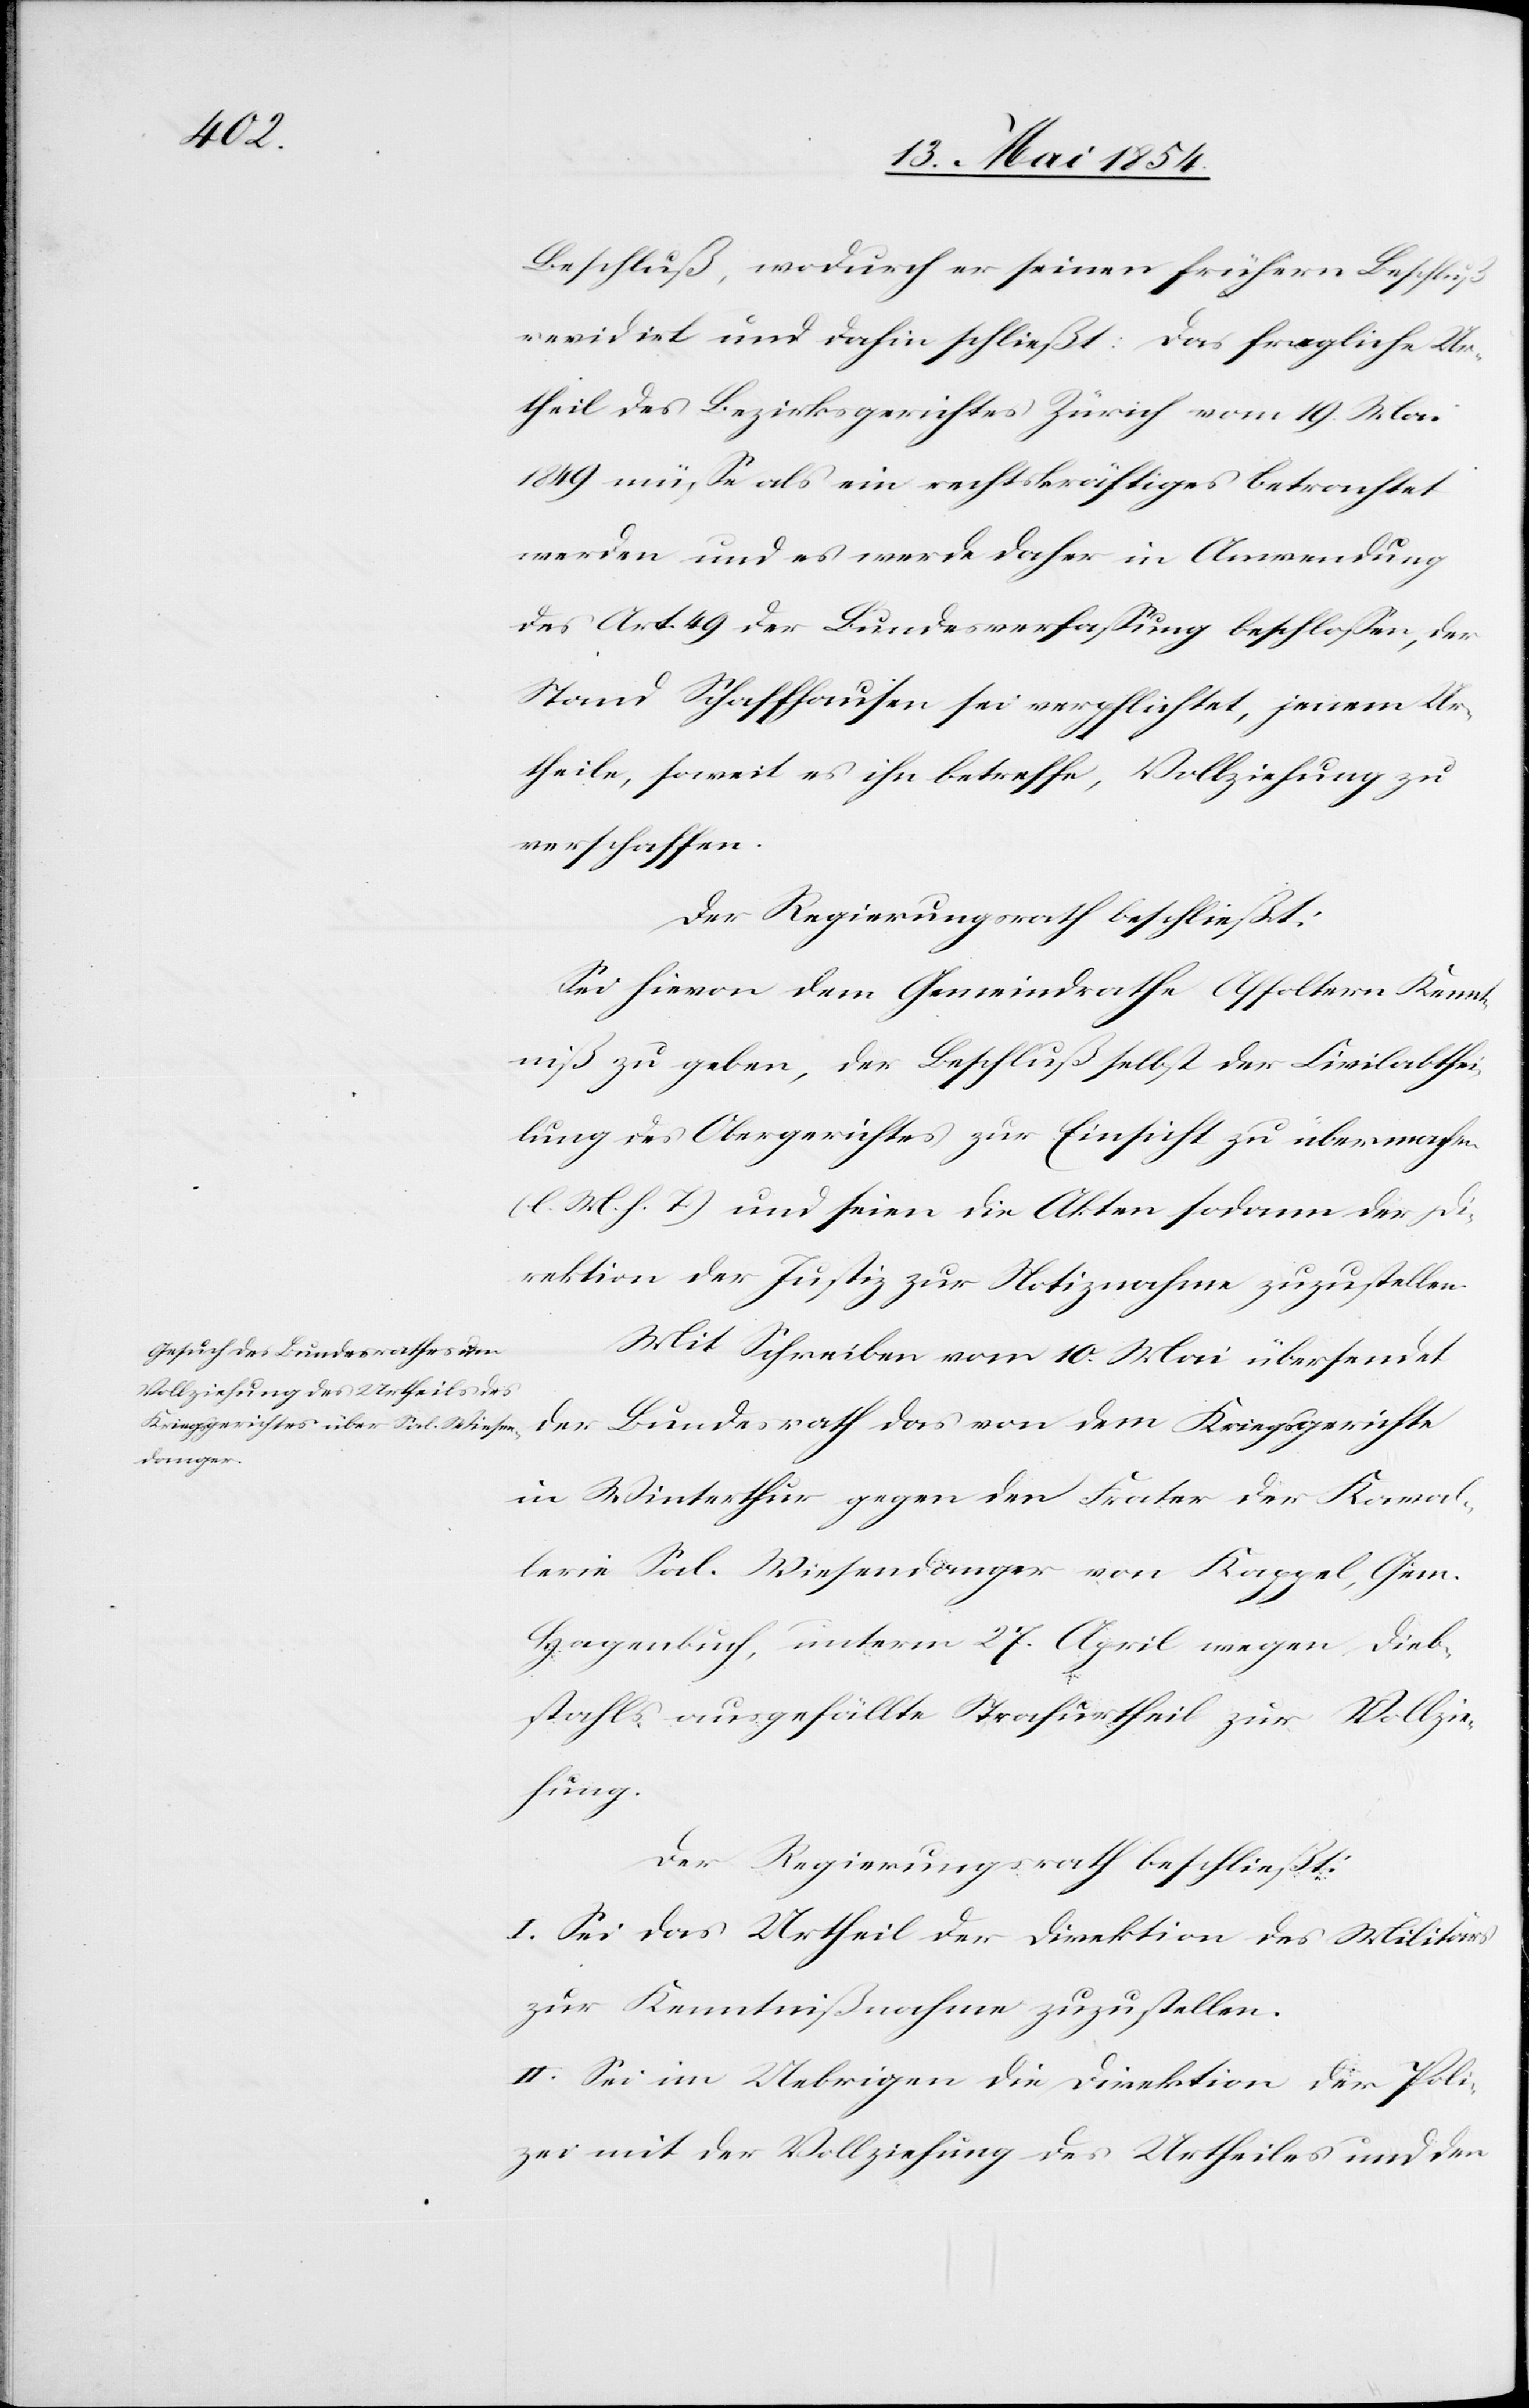
Beschluß, wodurch er seinen frühern Beschluß
revidirt und dahin schließt: Das fragliche Ur¬
theil des Bezirksgerichtes Zürich vom 19. Mai
1849 müße als ein rechtskräftiges betrachtet
werden und es werde daher in Anwendung
des Art. 49 der Bundesverfaßung beschloßen, der
Stand Schaffhausen sei verpflichtet, jenem Ur¬
theile, soweit es ihn betreffe, Vollziehung zu
verschaffen.
Der Regierungsrath beschließt:
Sei hievon dem Gemeindrathe Affoltern Kennt¬
niß zu geben, der Beschluß selbst der Civilabthei¬
lung des Obergerichtes zur Einsicht zu übermachen
(l. M. h. T.) und seien die Akten sodann der Di¬
rektion der Justiz zur Notiznahme zuzustellen.
Mit Schreiben vom 10. Mai übersendet
in Winterthur gegen den Frater der Kaval¬
lerie Sal. Wiesendanger von Kappel, Gem.
Hagenbuch, unterm 27. April wegen Dieb¬
stahls ausgefällte Strafurtheil zur Vollzie¬
hung.
Der Regierungsrath beschließt:
I. Sei das Urtheil der Direktion des Militärs
zur Kenntnißnahme zuzustellen.
II. Sei im Uebrigen die Direktion der Poli¬
zei mit der Vollziehung des Urtheiles und den